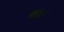
ભાત